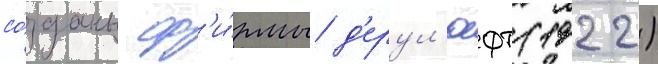
со́зданы ф'и́рмы д'ерул'юфт (1922)